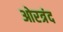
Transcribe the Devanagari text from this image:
ओरत्रंद